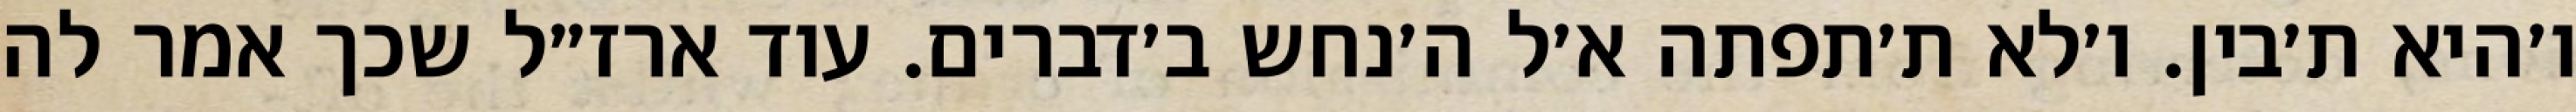
ו׳היא ת׳בין. ו׳לא ת׳תפתה א׳ל ה׳נחש ב׳דברים. עוד ארז״ל שכך אמר לה